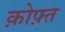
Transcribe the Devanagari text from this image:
क़ोफ़्त